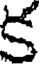
క